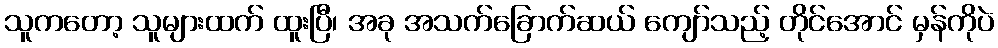
သူကတော့ သူများထက် ထူးပြီ၊ အခု အသက်ခြောက်ဆယ် ကျော်သည့် တိုင်အောင် မှန်ကိုပဲ